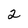
Character: 2